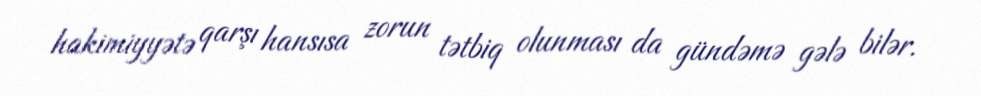
hakimiyyətə qarşı hansısa zorun tətbiq olunması da gündəmə gələ bilər.